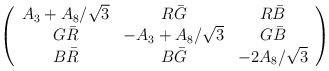
\begin{align*}\left ( \begin{array}{ccc}A_3 + A_8/\sqrt{3} & R \bar G & R \bar B \\G \bar R & - A_3 + A_8/\sqrt{3} & G \bar B \\B \bar R& B \bar G & - 2 A_8/\sqrt{3}\end{array} \right )\end{align*}